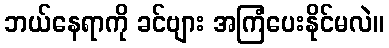
ဘယ်နေရာကို ခင်ဗျား အကြံပေးနိုင်မလဲ။